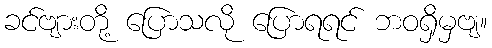
ခင်ဗျားတို့ ပြောသလို ပြောရရင် ဘဝရှိမှဗျ။